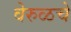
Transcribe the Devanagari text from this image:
वेरुळचे